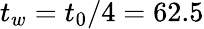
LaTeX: t_{w}=t_{0}/4=62.5